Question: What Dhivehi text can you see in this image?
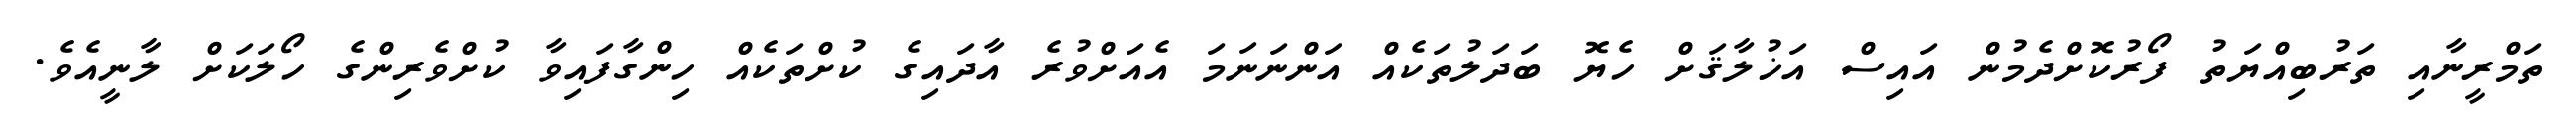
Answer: ތަމްރީނާއި ތަރުބިއްޔަތު ފޯރުކޮށްދެމުން އައިސް އަޚުލާޤަށް ހެޔޮ ބަދަލުތަކެއް އަންނަނަމަ އެއަށްވުރެ އާދައިގެ ކުށްތަކެއް ހިންގާފައިވާ ކުށްވެރިންގެ ހޯލަކަށް ލާނީއެވެ.